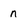
Character: n